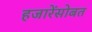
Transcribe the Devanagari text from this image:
हजारेंसोबत